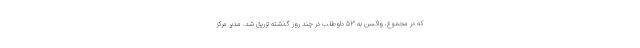
که در مجموع، واکسن به ۵۳ داوطلب در چند روز گذشته تزریق شد. مدیر مرکز